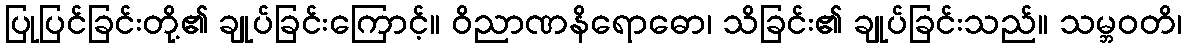
ပြုပြင်ခြင်းတို့၏ ချုပ်ခြင်းကြောင့်။ ဝိညာဏနိရောဓော၊ သိခြင်း၏ ချုပ်ခြင်းသည်။ သမ္ဘဝတိ၊